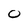
Character: 0